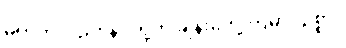
မဟုတ်လည်း နင်တို့က ချိန်းတွေ့ကြမှာပဲဥစ္စာ။